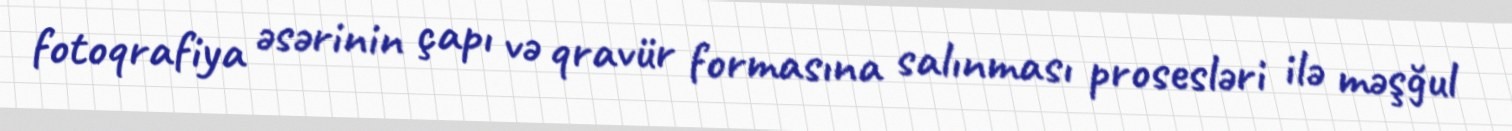
fotoqrafiya əsərinin çapı və qravür formasına salınması prosesləri ilə məşğul